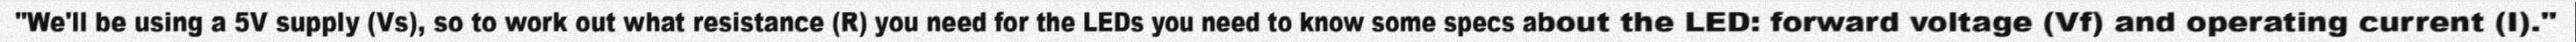
"We'll be using a 5V supply (Vs), so to work out what resistance (R) you need for the LEDs you need to know some specs about the LED: forward voltage (Vf) and operating current (I)."